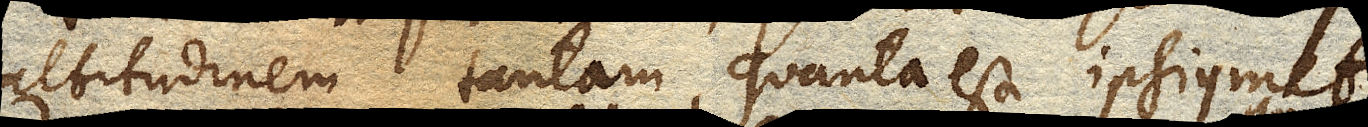
altitudinem tantam, quanta est ipsiusmet,